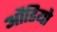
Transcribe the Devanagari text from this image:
औडियो